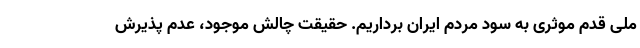
ملی قدم موثری به سود مردم ایران برداریم. حقیقت چالش موجود، عدم پذیرش